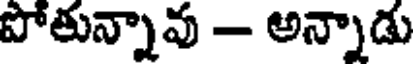
పోతున్నావు - అన్నాడు